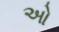
ઓ